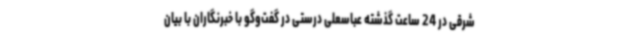
شرقی در 24 ساعت گذشته عباسعلی درستی در گفت‌وگو با خبرنگاران با بیان